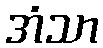
အံသာ